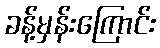
ခန့်မှန်းကြောင်း